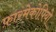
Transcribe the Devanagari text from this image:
फ़ारमेकोपियो